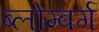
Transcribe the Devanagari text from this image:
ब्लोम्बर्ग